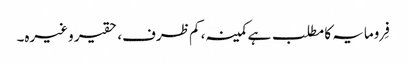
فِرومایہ کا مطلب ہے کمینہ، کم ظرف، حقیر وغیرہ۔